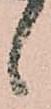
候